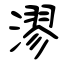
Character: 漻